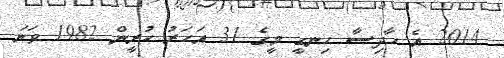
2014 އެ ހާދިސާ ހިނގީ މީގެ 31 އަހަރު ކުރީން 1982 ވަނަ